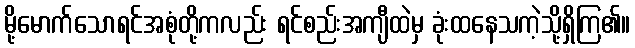
မို့မောက်သောရင်အစုံတို့ကလည်း ရင်စည်းအကျီထဲမှ ခုံးထနေသကဲ့သို့ရှိကြ၏။